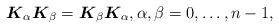
LaTeX: \begin{align*} \boldsymbol{K}_{\alpha}\boldsymbol{K}_\beta=\boldsymbol{K}_\beta \boldsymbol{K}_\alpha, \alpha,\beta=0,\ldots , n-1 ,\end{align*}